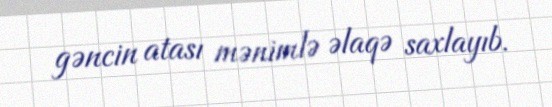
gəncin atası mənimlə əlaqə saxlayıb.